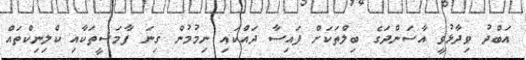
އަބްދު ވިދާޅުވީ އާސަންދަގެ ބިލްތަކަށް ފައިސާ ދައްކައި ނިމުމުން ގިނަ ފާމަސީތަކާއި ކްލިނިކްތައް